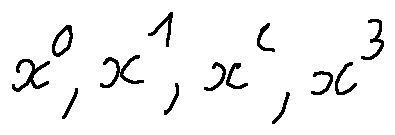
x ^ { 0 } , x ^ { 1 } , x ^ { 2 } , x ^ { 3 }